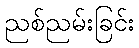
ညစ်ညမ်းခြင်း